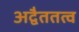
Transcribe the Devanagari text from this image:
अद्वैततत्व